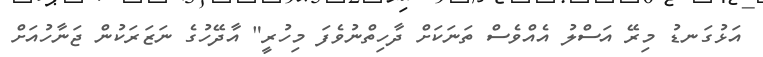
އަޅުގަނޑު މިރޭ އަސްލު އެއްވެސް ތަނަކަށް ދާހިތްނުވެފަ މިހުރީ" އާދޭހުގެ ނަޒަރަކުން ޖަނާހުއަށް